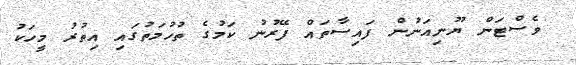
ވެސްޓަން ޔޫނިއަނުން ފައިސާތައް ފޭރުނު ކަމުގެ ތުހުމަތުގައި އިތުރު މީހަކު